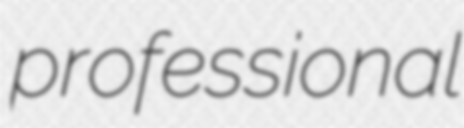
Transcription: professional